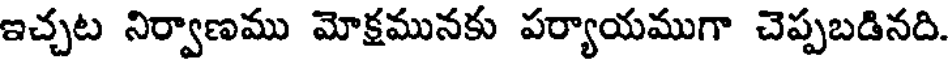
ఇచ్చట నిర్వాణము మోక్రమునకు పర్యాయముగా చెప్పబడినది.